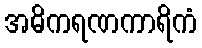
အဓိကရဏကာရိကံ